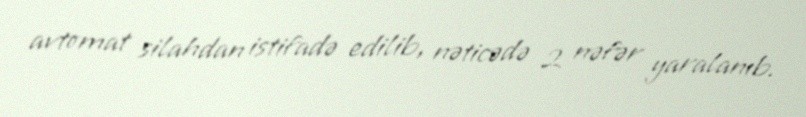
avtomat silahdan istifadə edilib, nəticədə 2 nəfər yaralanıb.